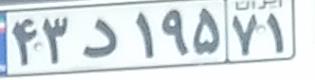
۴۳د۱۹۵۷۱